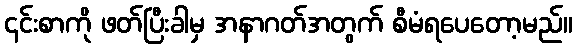
၎င်းစာကို ဖတ်ပြီးခါမှ အနာဂတ်အတွက် စီမံရပေတော့မည်။